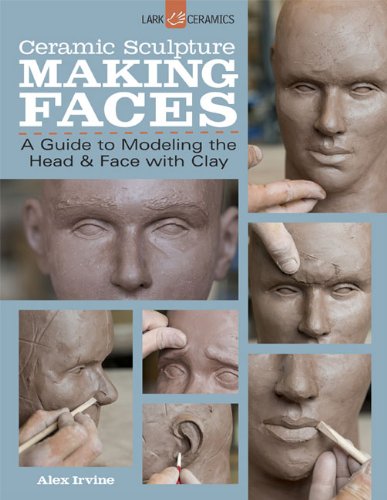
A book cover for Ceramic Sculpture: Making Faces: A Guide to Modeling the Head and Face with Clay; Alex Irvine; Crafts, Hobbies & Home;